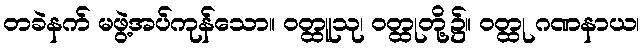
တခဲနက် မဖွဲ့အပ်ကုန်သော။ ဝတ္ထူသု၊ ဝတ္ထုတို့၌။ ဝတ္ထု ဂဏနာယ၊